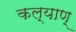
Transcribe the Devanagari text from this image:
कल्याण्